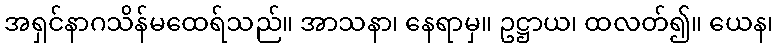
အရှင်နာဂသိန်မထေရ်သည်။ အာသနာ၊ နေရာမှ။ ဥဋ္ဌာယ၊ ထလတ်၍။ ယေန၊